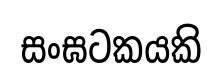
සංඝටකයකි